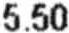
5.50